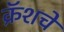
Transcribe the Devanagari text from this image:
क्रॅशचे